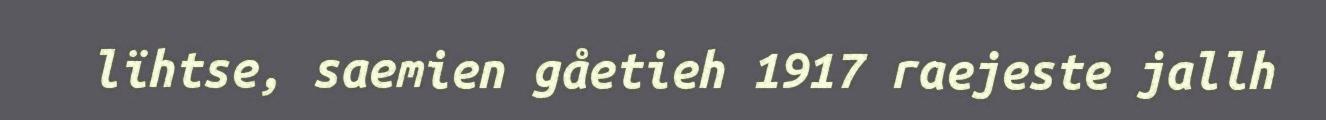
lïhtse, saemien gåetieh 1917 raejeste jallh